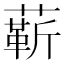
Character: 龩